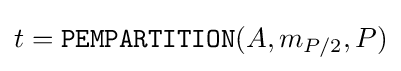
t={\texttt {PEMPARTITION}}(A,m_{P/2},P)